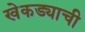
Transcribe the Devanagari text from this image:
खेकड्याची